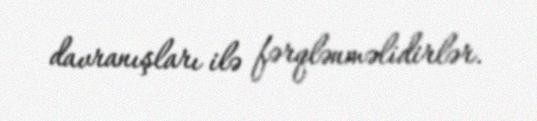
davranışları ilə fərqlənməlidirlər.